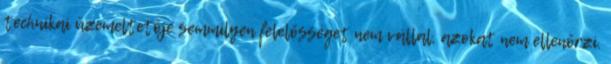
technikai üzemeltetője semmilyen felelősséget nem vállal, azokat nem ellenőrzi.